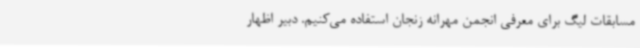
مسابقات لیگ برای معرفی انجمن مهرانه زنجان استفاده می‌کنیم. دبیر اظهار